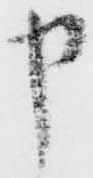
申